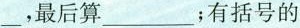
___，最后算___；有括号的